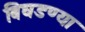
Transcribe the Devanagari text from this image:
बिघडण्या